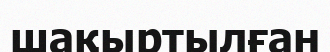
шақыртылған